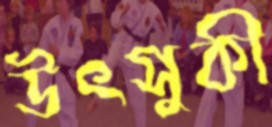
উৎসুকী